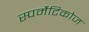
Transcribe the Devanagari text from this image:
स्पर्मैटिकोज